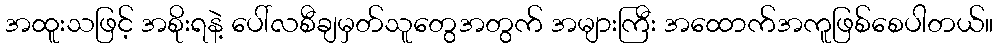
အထူးသဖြင့် အစိုးရနဲ့ ပေါ်လစီချမှတ်သူတွေအတွက် အများကြီး အထောက်အကူဖြစ်စေပါတယ်။